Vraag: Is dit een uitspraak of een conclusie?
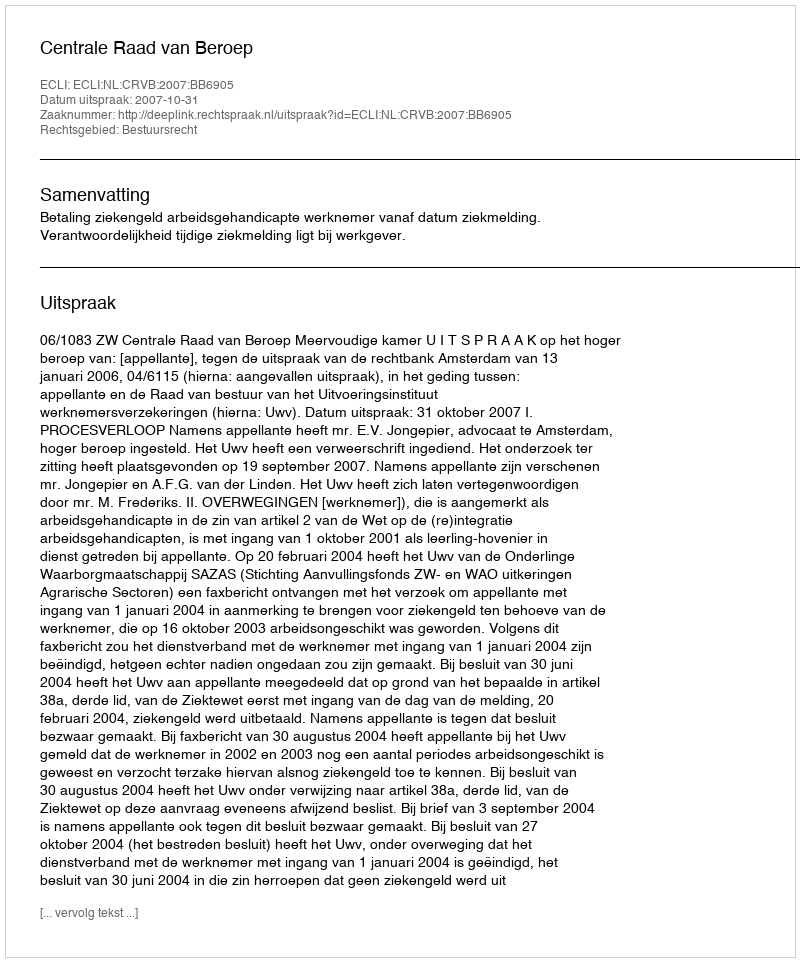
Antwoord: Uitspraak